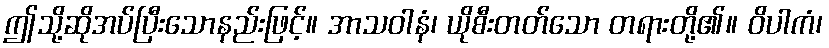
ဤသို့ဆိုအပ်ပြီးသောနည်းဖြင့်။ အာသဝါနံ၊ ယိုစီးတတ်သော တရားတို့၏။ ဝိပါကံ၊